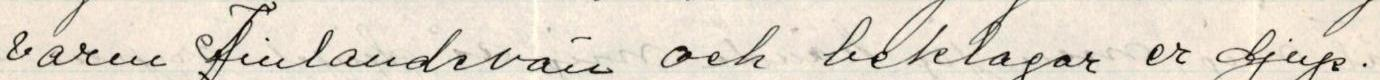
varm Finlandevän och beklagar er djup.